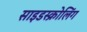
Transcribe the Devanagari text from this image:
साइडस्क्रोलिंग